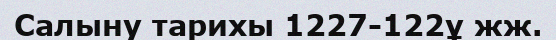
Салыну тарихы 1227-122ұ жж.